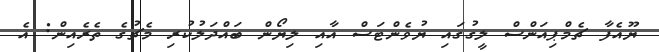
ޔޫއެފާ ޗެމްޕިއަންސް ލީގުގައި ޔުވެންޓަސް އާއި ލިޔޯން ބައްދަލުކުރި މެޗުގެ ތެރެއިން: އެ